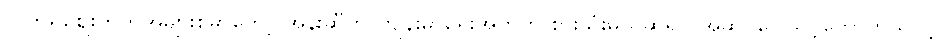
လက်ရှိဈေးကွက်အများစုမှာတော့ အုန်းဆီကို ကျန်းမာရေးအတွက် စားသုံးမယ်ဆိုရင် အဆင်ပြေသင့်တော်တယ်လို့